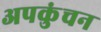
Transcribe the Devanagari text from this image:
अपकुंचन